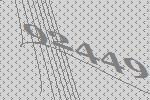
92449